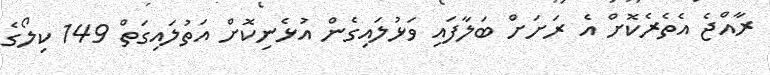
ރާއްޖެ އެތެރެކޮށް އެ ރަށަށް ބަލާފައި ވަޅުލައިގެން އުޅެނިކޮށް އަތުލައިގަތް 149 ކިލޯގެ